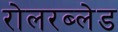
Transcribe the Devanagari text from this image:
रोलरब्लेड